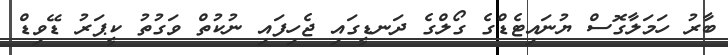
ބާރު ހަމަލާގޮސް ޔުނައިޓެޑްގެ ގޯލްގެ ދަނޑީގައި ޖެހިފައި ނުކުތް ވަގުތު ކީޕަރު ޑޭވިޑް